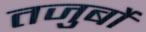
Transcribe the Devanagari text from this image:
तजुर्बों